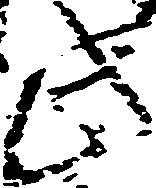
此